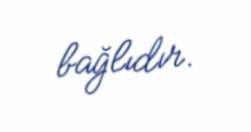
bağlıdır.